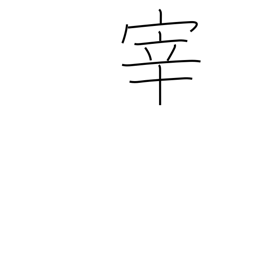
Meaning: manager